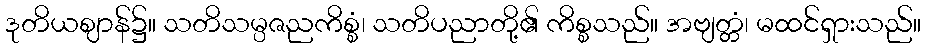
ဒုတိယဈာန်၌။ သတိသမ္ပဇညကိစ္စံ၊ သတိပညာတို့၏ ကိစ္စသည်။ အဗျတ္တံ၊ မထင်ရှားသည်။